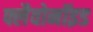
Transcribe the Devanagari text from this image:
फ्लैवोनॉइड